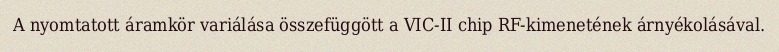
A nyomtatott áramkör variálása összefüggött a VIC-II chip RF-kimenetének árnyékolásával.